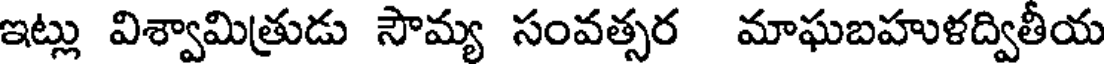
ఇట్లు విశ్వామిత్రుడు సౌమ్య సంవత్సర మాఘబహుళద్వితీయ